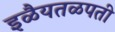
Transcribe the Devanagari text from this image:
इळैयतळपती